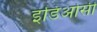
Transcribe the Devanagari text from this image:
इडिओसी